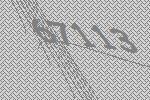
67113